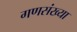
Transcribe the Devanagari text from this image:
गणसंख्या